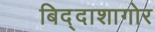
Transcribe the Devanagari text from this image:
बिद्दाशागोर